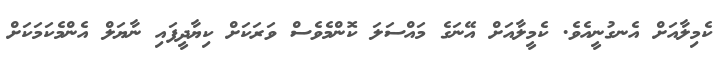
ކެމިލާއަށް އެނގުނީއެވެ. ކެމީލާއަށް އޭނަގެ މައްސަލަ ކޮންމެވެސް ވަރަކަށް ކިޔާދީފައި ނާޔަލް އެންމެކަމަކަށް